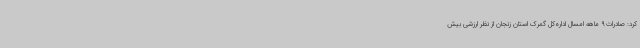
کرد: صادرات 9 ماهه امسال اداره‌کل گمرک استان زنجان از نظر ارزشی بیش